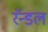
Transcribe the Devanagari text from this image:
रॅन्डल